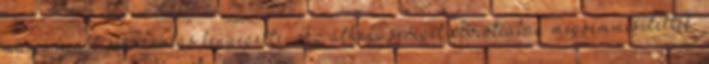
máris újabb összeomlás fenyegette. Az athéni sereget Boiótiában megsemmisítették,